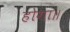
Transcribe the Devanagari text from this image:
होगा॥